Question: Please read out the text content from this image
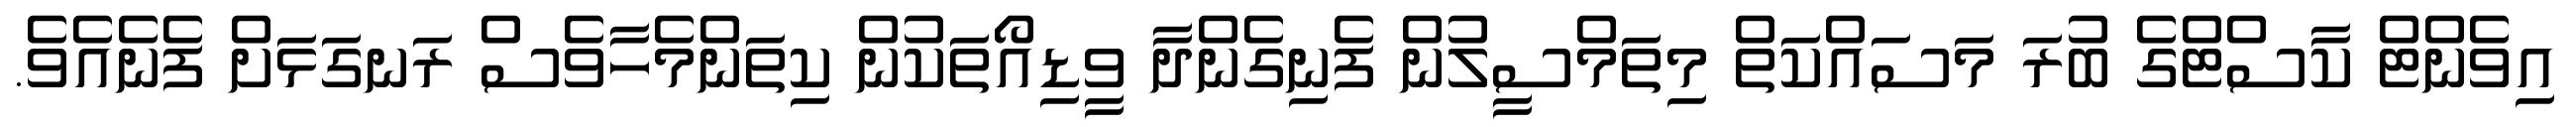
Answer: އިވެންޓް ކާސްޓްގެ ބުރަ މަސައްކަތް މިތަމްސީލުން ފެނިގެންދާ ވީޑިއޯތަކުން ކިތަންމެހާވެސް ރަނގަޅަށް ފެނެއެވެ.